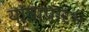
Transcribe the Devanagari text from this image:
यात्राप्रारंभ